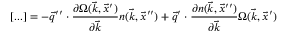
[ . . . ] = - \vec { q } ^ { \prime \prime } \cdot \frac { \partial \Omega ( \vec { k } , \vec { x } ^ { \prime } ) } { \partial \vec { k } } n ( \vec { k } , \vec { x } ^ { \prime \prime } ) + \vec { q } ^ { \prime } \cdot \frac { \partial n ( \vec { k } , \vec { x } ^ { \prime \prime } ) } { \partial \vec { k } } \Omega ( \vec { k } , \vec { x } ^ { \prime } )